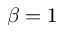
\beta = 1